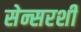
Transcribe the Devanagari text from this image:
सेन्सरशी